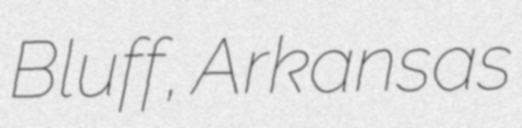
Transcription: Bluff, Arkansas